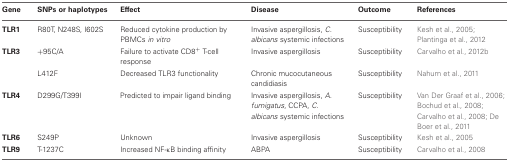
| Gene | SNPs or haplotypes | Effect | Disease | Outcome | References |
 | --- | --- | --- | --- | --- | --- |
 | TLR1 | R80T, N248S, I602S | Reduced cytokine production by PBMCs in vitro | Invasive aspergillosis, C. albicans systemic infections | Susceptibility | Kesh et al., 2005; Plantinga et al., 2012 |
 | TLR3 | +95C/A | Failure to activate CD8+ T-cell response | Invasive aspergillosis | Susceptibility | Carvalho et al., 2012b |
 |  | L412F | Decreased TLR3 functionality | Chronic mucocutaneous candidiasis | Susceptibility | Nahum et al., 2011 |
 | TLR4 | D299G/T399I | Predicted to impair ligand binding | Invasive aspergillosis, A. fumigatus, CCPA, C. albicans systemic infections | Susceptibility | Van Der Graaf et al., 2006; Bochud et al., 2008; Carvalho et al., 2008; De Boer et al., 2011 |
 | TLR6 | S249P | Unknown | Invasive aspergillosis | Susceptibility | Kesh et al., 2005 |
 | TLR9 | T-1237C | Increased NF-κB binding affinity | ABPA | Susceptibility | Carvalho et al., 2008 |